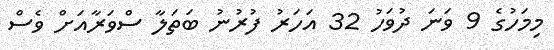
މިމަހުގެ 9 ވަނަ ދުވަހު 32 އަހަރު ފުރުނު ބަތަލާ ސްވަރާއަށް ވެސް